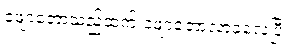
ဖျော့တော့သည်ထက် ဖျော့တော့လာခဲ့လေပြီ။